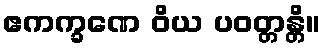
ဧကက္ခဏေ ဝိယ ပဝတ္တန္တိ။